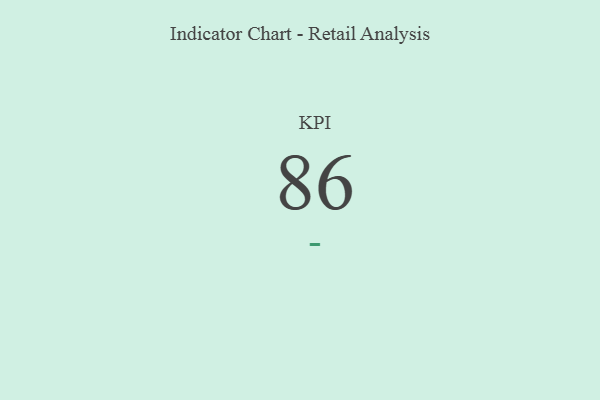
{"axis": {"x": "KPI", "y": "Value"}, "legend": [""], "data": [{"x": "KPI", "y": 86, "type": ""}]}